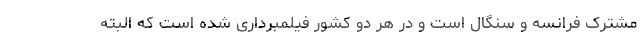
مشترک فرانسه و سنگال است و در هر دو کشور فیلمبرداری شده است که البته